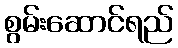
စွမ်းဆောင်ရည်